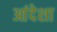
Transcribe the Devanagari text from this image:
आंदेशा